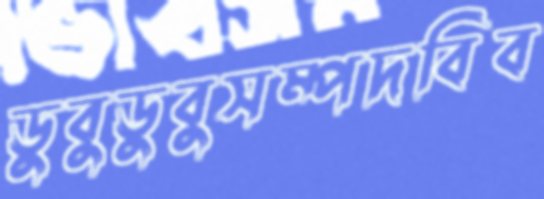
ডুবুডুবুসম্পদবিব